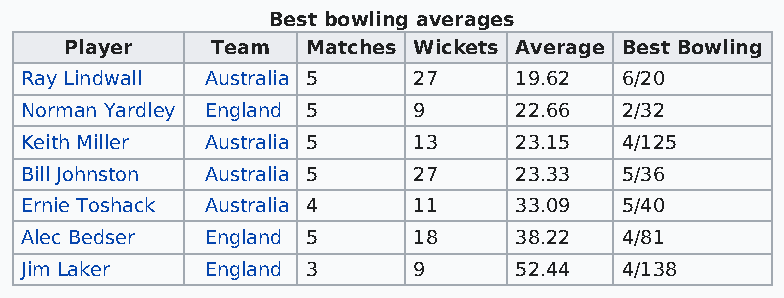
Best bowling averages
 Player    Team  Matches Wickets Average Best Bowling
 Ray Lindwall Australia 5  27     19.62  6/20
 Norman Yardley England 5  9      22.66  2/32
 Keith Miller Australia 5  13     23.15  4/125
 Bill Johnston Australia 5 27     23.33  5/36
 Ernie Toshack Australia 4 11     33.09  5/40
 Alec Bedser  England 5    18     38.22  4/81
 Jim Laker    England 3    9      52.44  4/138